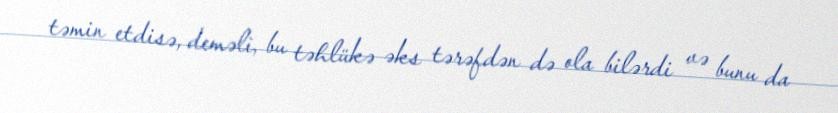
təmin etdisə, deməli, bu təhlükə əks tərəfdən də ola bilərdi və bunu da